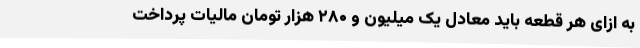
به ازای هر قطعه باید معادل یک میلیون و ۲۸۰ هزار تومان مالیات پرداخت